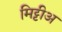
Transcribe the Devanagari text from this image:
मिट्टीअ